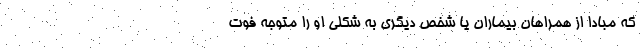
که مبادا از همراهان بیماران یا شخص دیگری به شکلی او را متوجه فوت